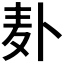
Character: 𫧮